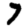
Digit: 7